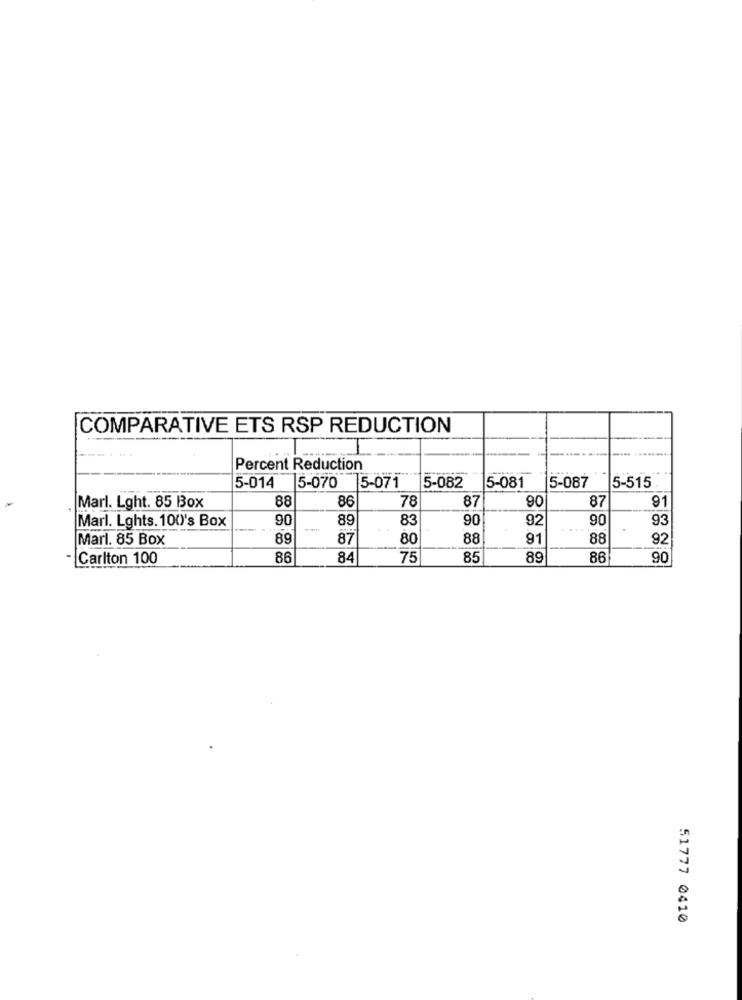
COMPARATIVE ETS RSP REDUCTION
Percent Reduction
5-087
5-014
5-070 5-071
5-082
5-081
5-515
88
86
78
87
90
87
91
Marl. Lght. 85 Box
Marl. Lghts. 100's Box
90
89
83
90
92
90
93
Marl. 85 Box
89
87
80
88
91
88
92
- Carlton 100
86
84
75
85
89
86
90
51777 0410